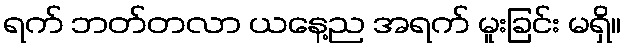
ရက် ဘတ်တလာ ယနေ့ည အရက် မူးခြင်း မရှိ။